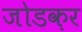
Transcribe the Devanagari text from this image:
जोडक़र